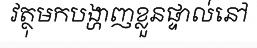
វត្ថុមកបង្ហាញខ្លួនផ្ទាល់នៅ